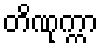
တိဏုက္ကာ